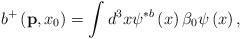
LaTeX: \begin{align*}b^{+}\left( {\bf p},x_{0}\right) =\int d^{3}x\psi ^{\ast b}\left( x\right)\beta _{0}\psi \left( x\right) , \end{align*}